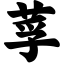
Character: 莩